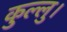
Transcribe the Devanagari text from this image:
कुल्‍लु।